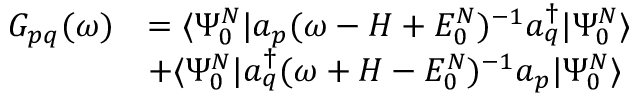
\begin{array} { r l } { G _ { p q } ( \omega ) } & { = \langle \Psi _ { 0 } ^ { N } | a _ { p } ( \omega - H + E _ { 0 } ^ { N } ) ^ { - 1 } a _ { q } ^ { \dagger } | \Psi _ { 0 } ^ { N } \rangle } \\ & { + \langle \Psi _ { 0 } ^ { N } | a _ { q } ^ { \dagger } ( \omega + H - E _ { 0 } ^ { N } ) ^ { - 1 } a _ { p } | \Psi _ { 0 } ^ { N } \rangle } \end{array}